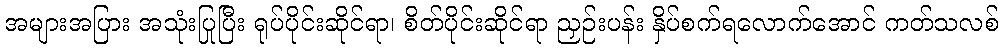
အများအပြား အသုံးပြုပြီး ရုပ်ပိုင်းဆိုင်ရာ၊ စိတ်ပိုင်းဆိုင်ရာ ညှဉ်းပန်း နှိပ်စက်ရလောက်အောင် ကတ်သလစ်